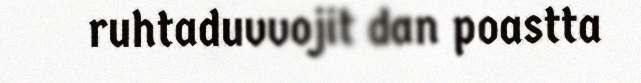
ruhtaduvvojit dan poastta